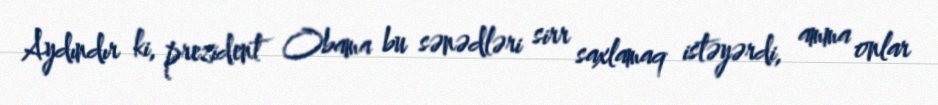
Aydındır ki, prezident Obama bu sənədləri sirr saxlamaq istəyərdi, amma onlar